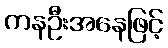
ကနဦးအနေဖြင့်